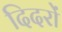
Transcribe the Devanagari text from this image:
दिदरों